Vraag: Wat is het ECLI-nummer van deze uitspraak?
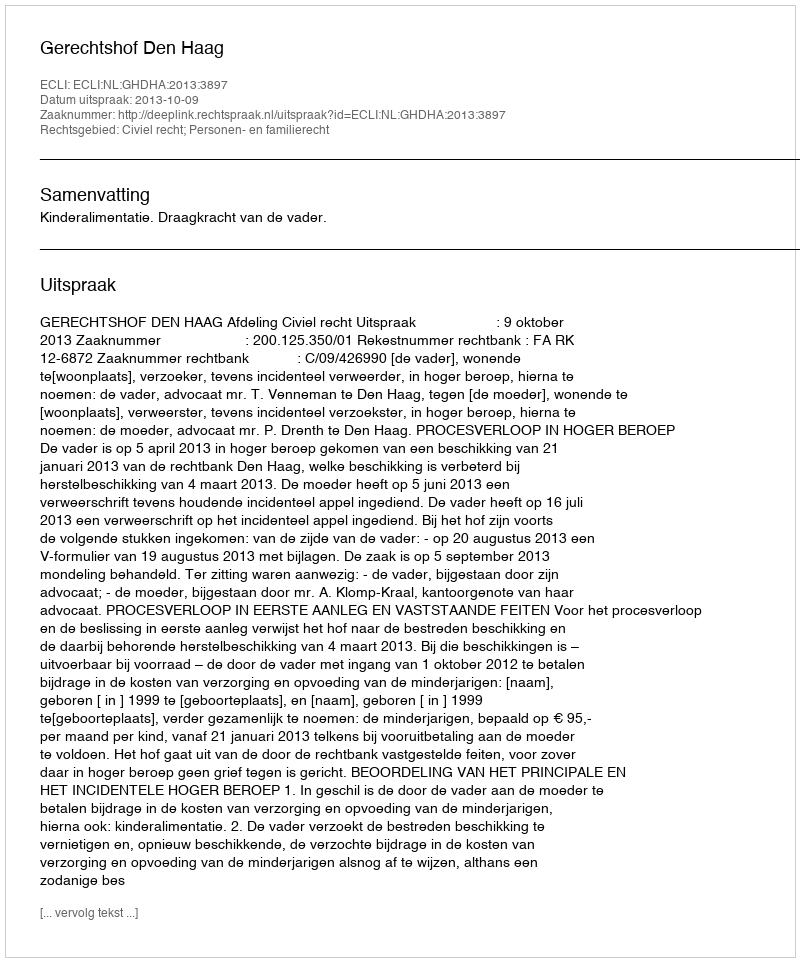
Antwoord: ECLI:NL:GHDHA:2013:3897